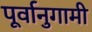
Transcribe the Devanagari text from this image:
पूर्वानुगामी